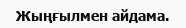
Жыңғылмен айдама.